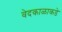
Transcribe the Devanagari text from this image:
वेदकाळाकडे